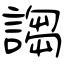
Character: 謅